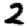
Digit: 2